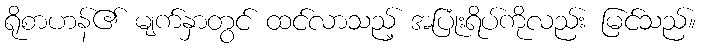
ရိုစာဟန်၏ မျက်နှာတွင် ထင်လာသည့် အပြုံးရိပ်ကိုလည်း မြင်သည်။